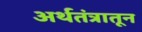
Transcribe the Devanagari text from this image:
अर्थतंत्रातून